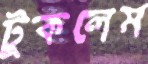
টুকলেম